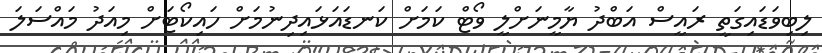
ލިބިވަޑައިގަތީ ރައީސް އަބްދު ޔާމީނަށްލީ ވޯޓް ކަމަށް ކަނޑައަޅައިދިނުމަށް ހައިކޯޓަށް މިއަދު މައްސަަލަ